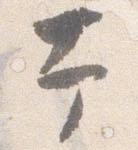
幸